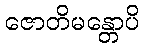
ဇောတိမန္တောပိ